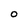
Character: O